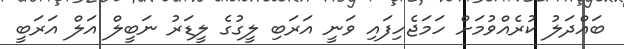
ބައްދަލު ކުރެއްވުމަށް ހަމަޖެހިފައި ވަނީ އަރަބި ލީގުގެ ލީޑަރު ނަބީލް އަލް އަރަބީ